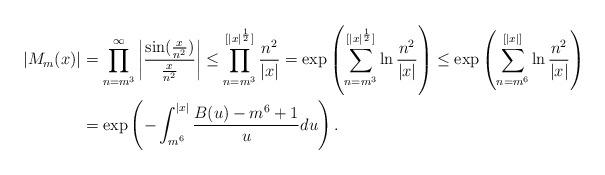
LaTeX: \begin{align*} |M_m(x)|&=\prod_{n=m^3}^{\infty}\left|\frac{\sin(\frac{x}{n^2})}{\frac{x}{n^2}}\right|\leq \prod_{n=m^3}^{[|x|^{\frac{1}{2}}]}\frac{n^2}{|x|}=\exp\left(\sum_{n=m^3}^{[|x|^{\frac{1}{2}}]}\ln\frac{n^2}{|x|}\right)\leq\exp\left(\sum_{n=m^6}^{[|x|]}\ln\frac{n^2}{|x|}\right)\\ &=\exp\left(-\int_{m^6}^{|x|}\frac{B(u)-m^6+1}{u}du\right).\end{align*}